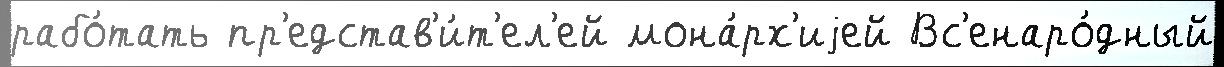
рабо́тать пр'едстав'и́т'ел'ей мона́рх'иjей Вс'енаро́дный